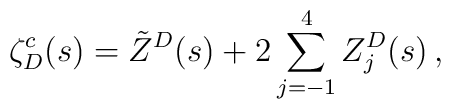
\zeta_D^c(s) = \tilde  Z^D(s) + 2\sum_{j=-1}^{4}Z_j^D(s)\,{,}